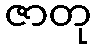
ဇာတု